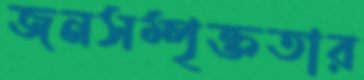
জনসম্পৃক্ততার